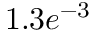
1 . 3 e ^ { - 3 }